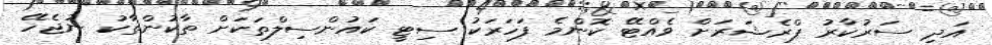
އަދި ސަރުކާރު ޕްރެޝަރަށް ވެއްޓޭ ކޮންމެ ފަހަރަކު ސިޓީ ކައުންސިލްތަކަށް ތާކުންތާކު ނުޖެހޭ